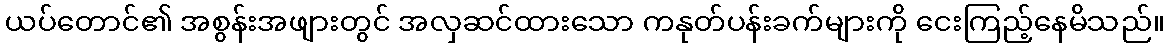
ယပ်တောင်၏ အစွန်းအဖျားတွင် အလှဆင်ထားသော ကနုတ်ပန်းခက်များကို ငေးကြည့်နေမိသည်။